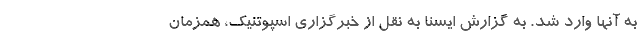
به آنها وارد شد. به گزارش ایسنا به نقل از خبرگزاری اسپوتنیک، همزمان